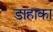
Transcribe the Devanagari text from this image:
डाहाका